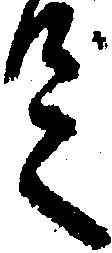
足